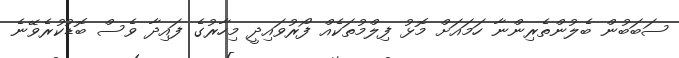
ސަބަބުން ބެލުންތެރިންނާ ހަމައަށް މޮޅު ފިލްމުތަކެއް ފޯރުވައިދީ މިހާރުގެ ފައިދާ ވެސް ބޮޑުކުރެވޭނެ